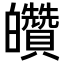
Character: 𤿀